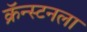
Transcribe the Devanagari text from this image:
क्रॅन्स्टनला